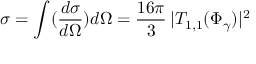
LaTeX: \sigma = \int ( \frac { d \sigma } { d \Omega } ) d \Omega = \frac { 1 6 \pi } { 3 } \, | T _ { 1 , 1 } ( \Phi _ { \gamma } ) | ^ { 2 }